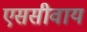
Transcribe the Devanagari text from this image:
एससीवाय